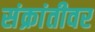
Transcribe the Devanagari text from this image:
संक्रांतीवर